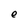
Character: e